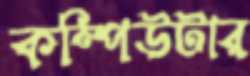
কম্পিউটার